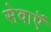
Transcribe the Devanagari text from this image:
सेवाऍं